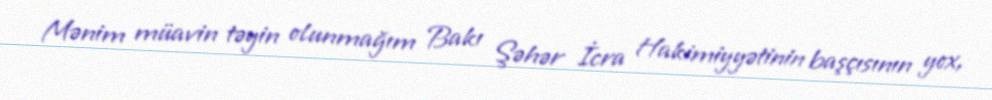
Mənim müavin təyin olunmağım Bakı Şəhər İcra Hakimiyyətinin başçısının yox,